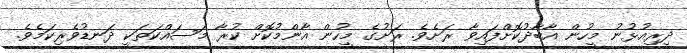
ދިރިއުޅުނު މީހުން އާބާދުކޮށްފައިވާ ރަށެވެ. ރަށުގެ މީހުން އާންމުކޮށް ކުރާ މަސައްކަތަކީ ދަނޑުވެރިކަމެވެ.